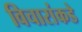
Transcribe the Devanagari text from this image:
विचारांकडे